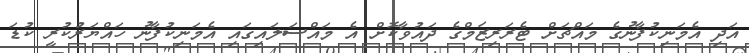
އަދި އެމަނިކުފާނުގެ މައްޗަށް ޓެރަރިޒަމްގެ ދައުވާކޮށް އެ މައްސަލައިގައި އެމަނިކުފާނު ހައްޔަރުކުރީ ކުޑަ